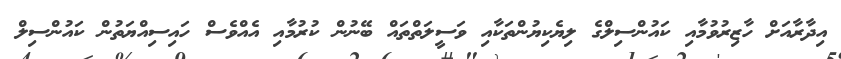
އިދާރާއަށް ހާޒިރުވުމާއި ކައުންސިލްގެ ލިޔެކިޔުންތަކާއި ވަސީލަތްތައް ބޭނުން ކުރުމާއި އެއްވެސް ހައިސިއްޔަތުން ކައުންސިލް